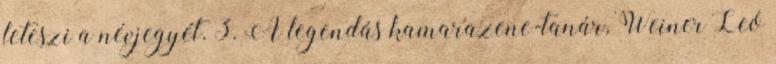
leteszi a névjegyét. 3. A legendás kamarazene-tanár, Weiner Leó